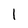
Character: l